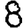
Digit: 8